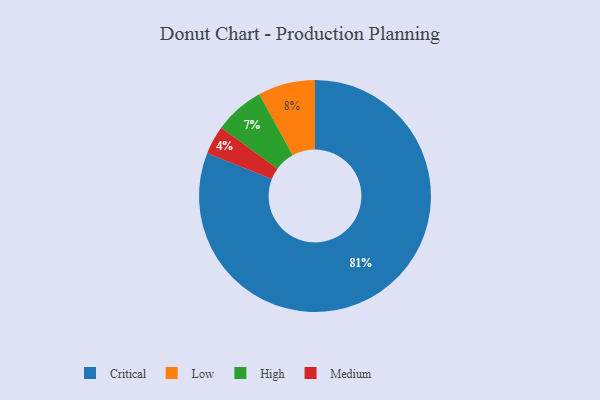
{"axis": {"x": "Category", "y": "Percentage"}, "legend": ["Critical", "High", "Low", "Medium"], "data": [{"x": "Low", "y": 8, "type": "Low"}, {"x": "High", "y": 7, "type": "High"}, {"x": "Medium", "y": 4, "type": "Medium"}, {"x": "Critical", "y": 81, "type": "Critical"}]}